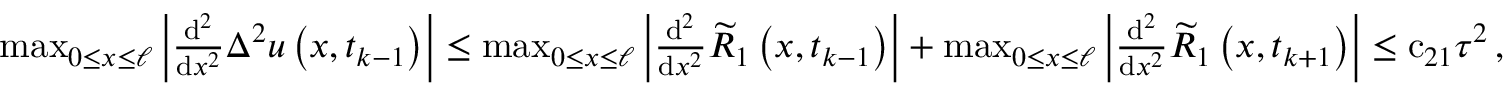
\begin{array} { r } { \operatorname* { m a x } _ { 0 \leq x \leq \ell } \left| \frac { \mathrm { d } ^ { 2 } } { \mathrm { d } { x } ^ { 2 } } { \Delta } ^ { 2 } u \left( x , { t } _ { k - 1 } \right) \right| \leq \operatorname* { m a x } _ { 0 \leq x \leq \ell } \left| \frac { \mathrm { d } ^ { 2 } } { \mathrm { d } { x } ^ { 2 } } { \widetilde R } _ { 1 } \left( x , { t } _ { k - 1 } \right) \right| + \operatorname* { m a x } _ { 0 \leq x \leq \ell } \left| \frac { \mathrm { d } ^ { 2 } } { \mathrm { d } { x } ^ { 2 } } { \widetilde R } _ { 1 } \left( x , { t } _ { k + 1 } \right) \right| \leq { \mathrm { c } } _ { 2 1 } { \tau } ^ { 2 } \, , } \end{array}